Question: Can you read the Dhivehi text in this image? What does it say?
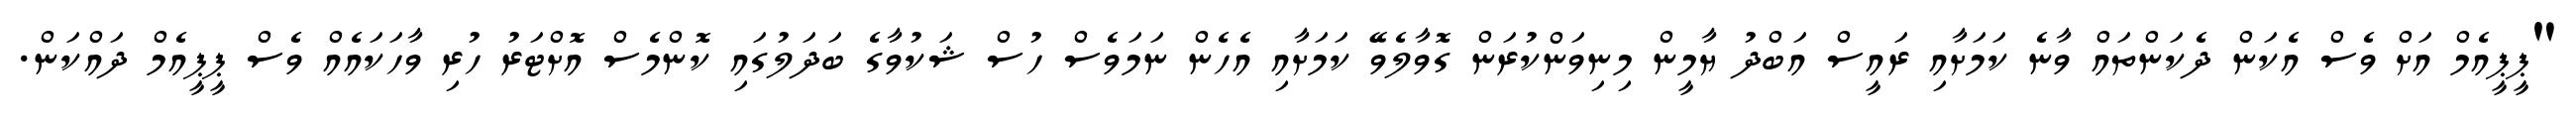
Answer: "ޕީޕީއެމް އަށް ވެސް އެކަން ދެކަންތައް ވާނެ ކަމަށާއި ރައީސް އަބްދު ޔާމީން މިނިވަންކުރަން ގޮވާލެވޭ ކަމަށާއި އެހެން ނަމަވެސް ހުސް ޝަކުވާގެ ބަދަލުގައި ކޮންމެސް އޮށްޓަރު ހުރި ވާހަކައެއް ވެސް ޕީޕީއެމް ދައްކަން.